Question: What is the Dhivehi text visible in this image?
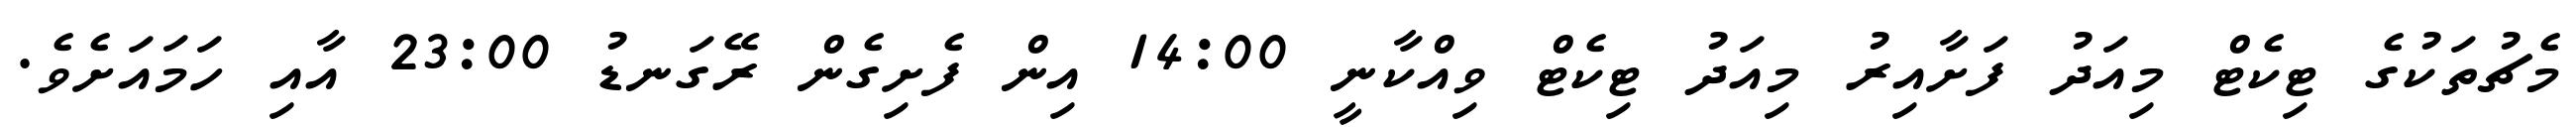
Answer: މެޗުތަކުގެ ޓިކެޓް މިއަދު ފަށާއިރު މިއަދު ޓިކެޓް ވިއްކާނީ 14:00 އިން ފެށިގެން ރޭގަނޑު 23:00 އާއި ހަމައަށެވެ.